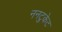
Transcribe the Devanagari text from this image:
ननटुकेट